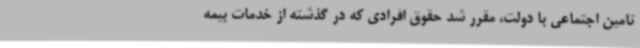
تامین اجتماعی با دولت، مقرر شد حقوق افرادی که در گذشته از خدمات بیمه